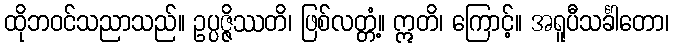
ထိုဘဝင်သညာသည်။ ဥပ္ပဇ္ဇိဿတိ၊ ဖြစ်လတ္တံ့။ ဣတိ၊ ကြောင့်။ အရူပီသင်္ခါတော၊